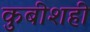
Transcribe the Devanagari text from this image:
कुबीशही